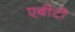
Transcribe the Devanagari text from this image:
एबीटी